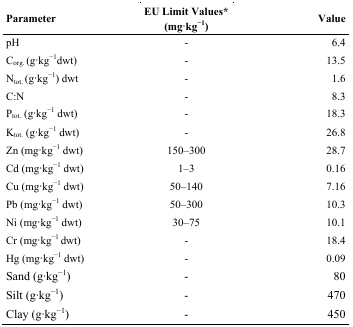
<table><thead><tr><td><b>Parameter</b></td><td><b>EU Limit Values* (mg·kg<sup>−1</sup>)</b></td><td><b>Value</b></td></tr></thead><tbody><tr><td>pH</td><td>-</td><td>6.4</td></tr><tr><td>C<sub>org.</sub> (g·kg<sup>−1</sup>dwt)</td><td>-</td><td>13.5</td></tr><tr><td>N<sub>tot.</sub> (g·kg<sup>−1</sup>) dwt</td><td>-</td><td>1.6</td></tr><tr><td>C:N</td><td>-</td><td>8.3</td></tr><tr><td>P<sub>tot.</sub> (g·kg<sup>−1</sup> dwt)</td><td>-</td><td>18.3</td></tr><tr><td>K<sub>tot.</sub> (g·kg<sup>−1</sup> dwt)</td><td>-</td><td>26.8</td></tr><tr><td>Zn (mg·kg<sup>−1</sup> dwt)</td><td>150–300</td><td>28.7</td></tr><tr><td>Cd (mg·kg<sup>−1</sup> dwt)</td><td>1–3</td><td>0.16</td></tr><tr><td>Cu (mg·kg<sup>−1</sup> dwt)</td><td>50–140</td><td>7.16</td></tr><tr><td>Pb (mg·kg<sup>−1</sup> dwt)</td><td>50–300</td><td>10.3</td></tr><tr><td>Ni (mg·kg<sup>−1</sup> dwt)</td><td>30–75</td><td>10.1</td></tr><tr><td>Cr (mg·kg<sup>−1</sup> dwt)</td><td>-</td><td>18.4</td></tr><tr><td>Hg (mg·kg<sup>−1</sup> dwt)</td><td>-</td><td>0.09</td></tr><tr><td>Sand (g·kg<sup>−1</sup>)</td><td>-</td><td>80</td></tr><tr><td>Silt (g·kg<sup>−1</sup>)</td><td>-</td><td>470</td></tr><tr><td>Clay (g·kg<sup>−1</sup>)</td><td>-</td><td>450</td></tr></tbody></table>